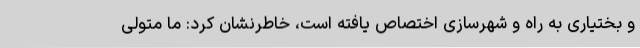
و بختیاری به راه و شهرسازی اختصاص یافته است، خاطرنشان کرد: ما متولی